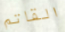
القاتم